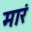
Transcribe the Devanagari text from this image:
मारं